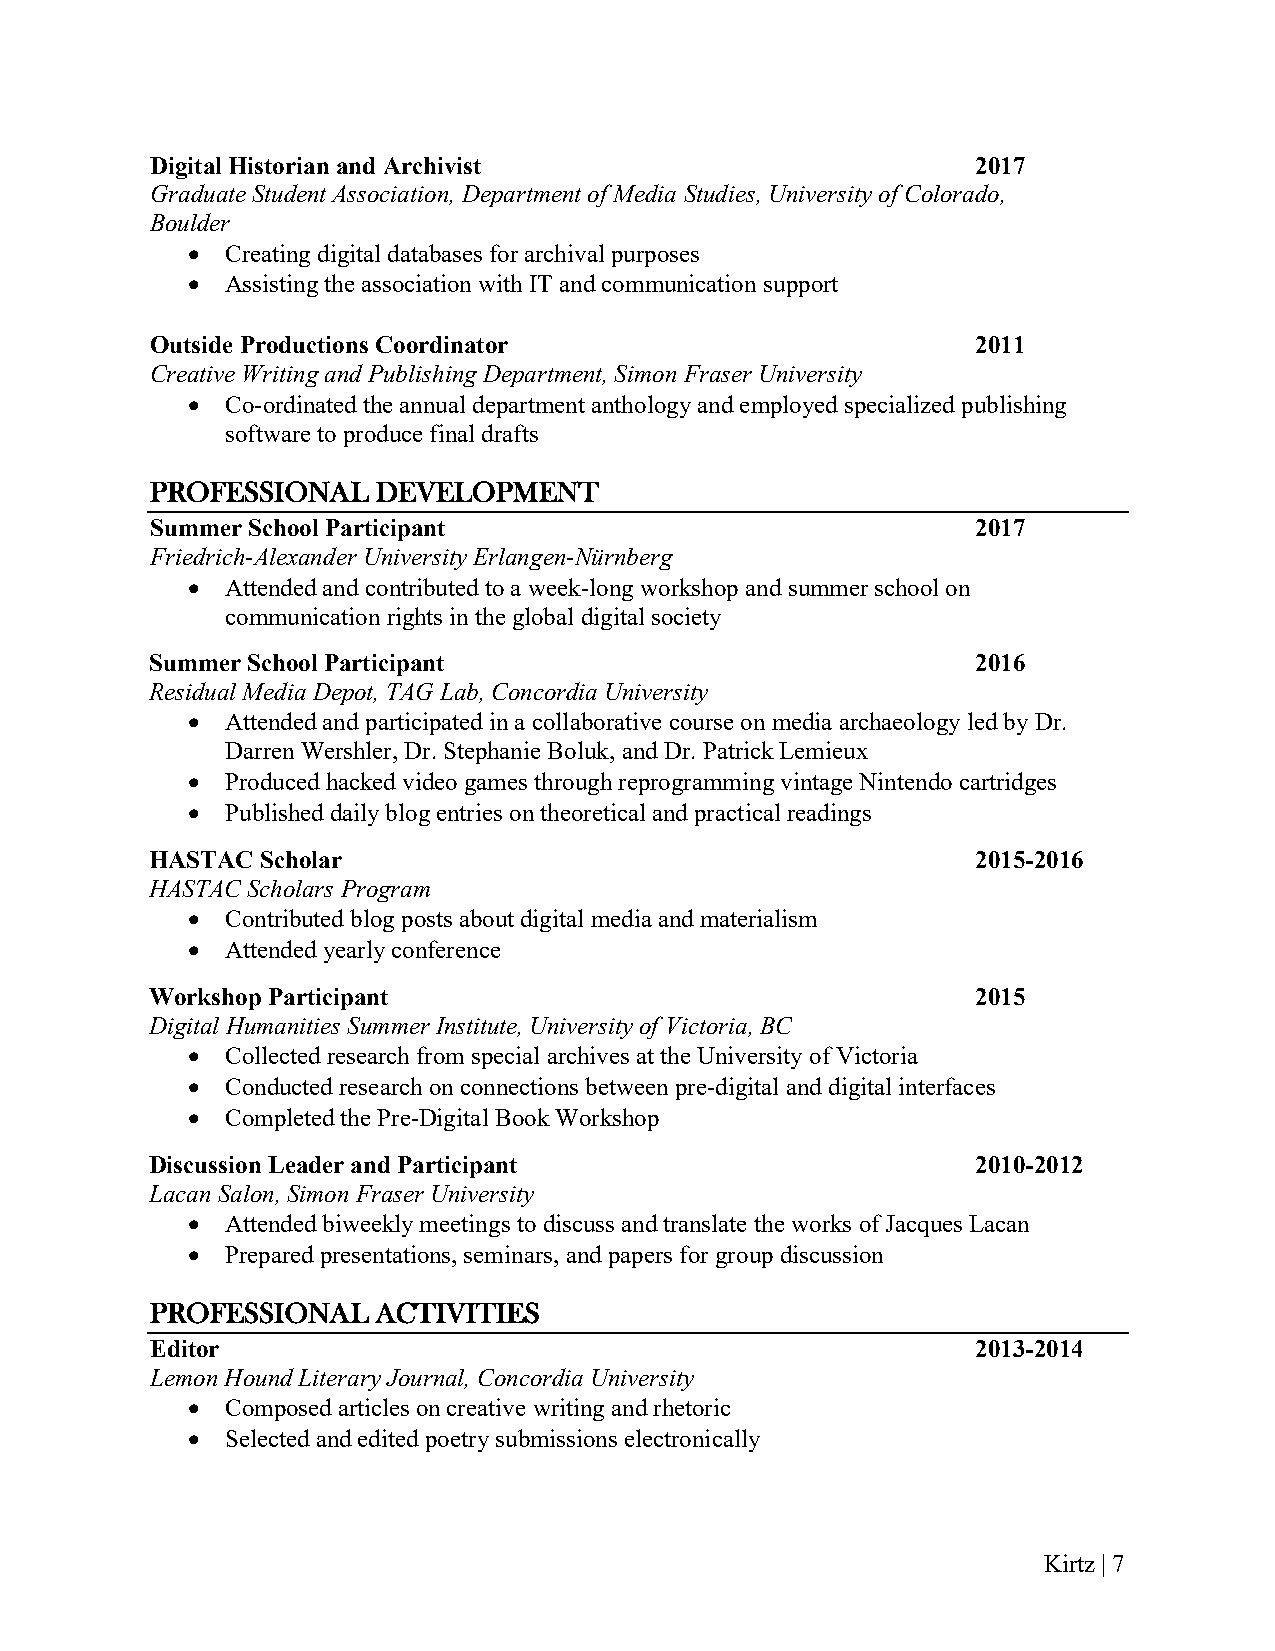
Digital Historian and Archivist                        2017
 Graduate Student Association, Department of Media Studies, University of Colorado,
 Boulder
 •  Creating digital databases for archival purposes
 •  Assisting the association with IT and communication support
 Outside Productions Coordinator                        2011
 Creative Writing and Publishing Department, Simon Fraser University
 •  Co-ordinated the annual department anthology and employed specialized publishing
 software to produce final drafts
 PROFESSIONAL   DEVELOPMENT
 Summer School Participant                              2017
 Friedrich-Alexander University Erlangen-Nürnberg
 •  Attended and contributed to a week-long workshop and summer school on
 communication rights in the global digital society
 Summer School Participant                              2016
 Residual Media Depot, TAG Lab, Concordia University
 •  Attended and participated in a collaborative course on media archaeology led by Dr.
 Darren Wershler, Dr. Stephanie Boluk, and Dr. Patrick Lemieux
 •  Produced hacked video games through reprogramming vintage Nintendo cartridges
 •  Published daily blog entries on theoretical and practical readings
 HASTAC Scholar                                         2015-2016
 HASTAC Scholars Program
 •  Contributed blog posts about digital media and materialism
 •  Attended yearly conference
 Workshop Participant                                   2015
 Digital Humanities Summer Institute, University of Victoria, BC
 •  Collected research from special archives at the University of Victoria
 •  Conducted research on connections between pre-digital and digital interfaces
 •  Completed the Pre-Digital Book Workshop
 Discussion Leader and Participant                      2010-2012
 Lacan Salon, Simon Fraser University
 •  Attended biweekly meetings to discuss and translate the works of Jacques Lacan
 •  Prepared presentations, seminars, and papers for group discussion
 PROFESSIONAL   ACTIVITIES
 Editor                                                 2013-2014
 Lemon Hound Literary Journal, Concordia University
 •  Composed articles on creative writing and rhetoric
 •  Selected and edited poetry submissions electronically
 Kirtz | 7